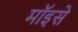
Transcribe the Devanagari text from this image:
मॉइसे